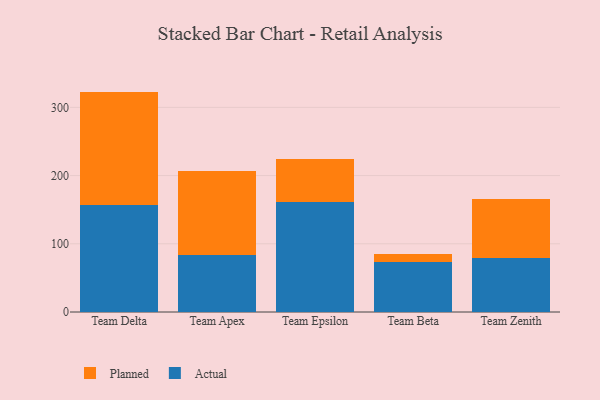
{"axis": {"x": "Team", "y": "Tickets Resolved"}, "legend": ["Actual", "Planned"], "data": [{"x": "Team Delta", "y": 157.3, "type": "Actual"}, {"x": "Team Delta", "y": 165.8, "type": "Planned"}, {"x": "Team Apex", "y": 83.5, "type": "Actual"}, {"x": "Team Apex", "y": 123.7, "type": "Planned"}, {"x": "Team Epsilon", "y": 160.7, "type": "Actual"}, {"x": "Team Epsilon", "y": 63.3, "type": "Planned"}, {"x": "Team Beta", "y": 72.7, "type": "Actual"}, {"x": "Team Beta", "y": 12.7, "type": "Planned"}, {"x": "Team Zenith", "y": 78.8, "type": "Actual"}, {"x": "Team Zenith", "y": 86.2, "type": "Planned"}]}